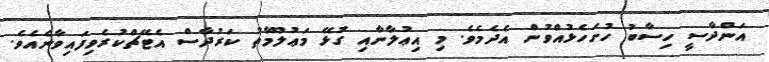
އަންދާސީ ހިސާބު ހުށަހެޅުއްވުން އެދެމެވެ. މި އިޢުލާނާއި ގުޅޭ މަޢުލޫމާތު ކަރުދާސް އެޓޭޗްކުރެވިފައިވާނެއެވެ.